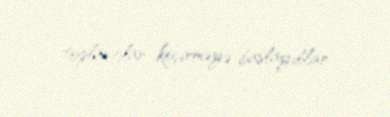
toplantılar keçirməyə başlayıblar.